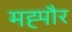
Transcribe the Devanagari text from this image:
मह्पौर